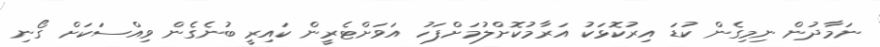
ނަމާދުން ނިމިގެން ކުޑަ އިރުކޮޅަކު އަރާމުކޮށްލުމަށްފަހު އަވަށްޓެރީން ކައިރީ ބުނެގެން ވިއްސަކަށް ގޯނި